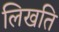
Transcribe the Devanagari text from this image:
लिखति